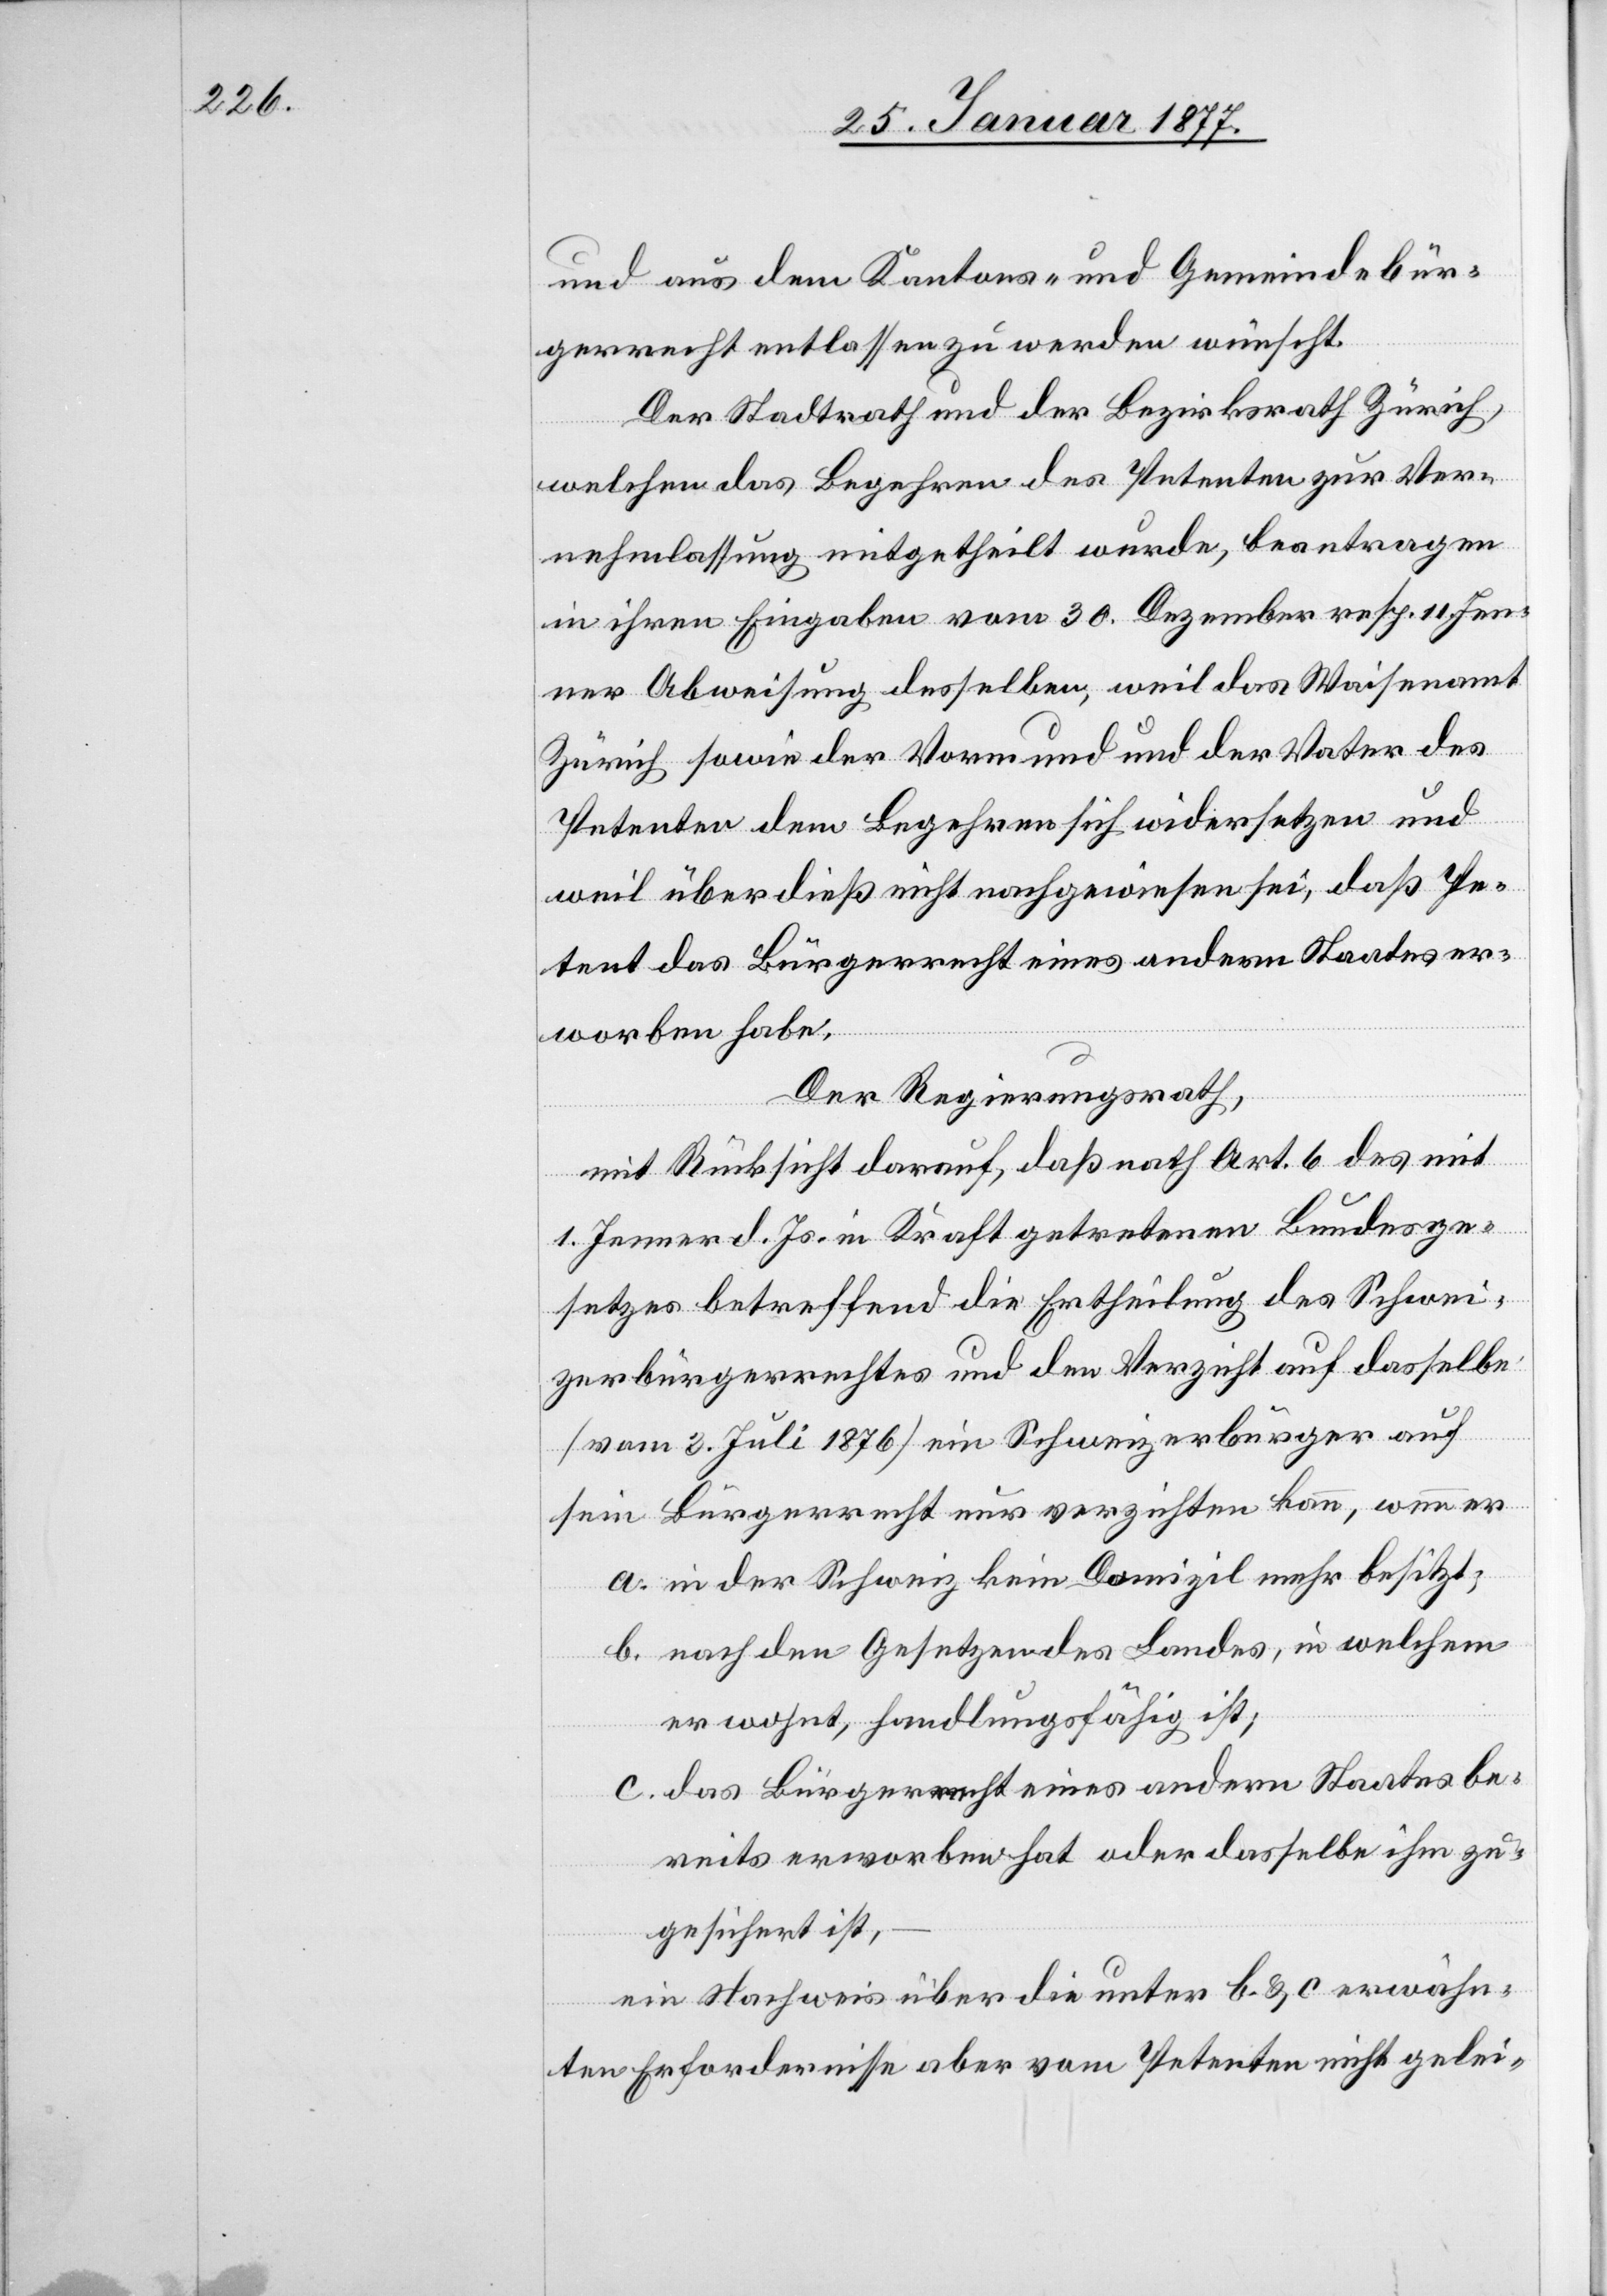
und aus dem Kantons- und Gemeindebür¬
gerrecht entlassen zu werden wünscht.
Der Stadtrath und der Bezirksrath Zürich,
welchen das Begehren des Petenten zur Ver¬
nehmlassung mitgetheilt wurde, beantragen
in ihren Eingaben vom 30. Dezember resp. 11. Jen¬
ner Abweisung desselben, weil das Waisenamt
Zürich sowie der Vormund und der Vater des
Petenten dem Begehren sich widersetzen und
weil überdieß nicht nachgewiesen sei, daß Pe¬
tent das Bürgerrecht eines andern Staates er¬
worben habe.
Der Regierungsrath,
mit Rücksicht darauf, daß nath [recte: nach]
1. Jenner d. Js. in Kraft getretenen Bundesge¬
setzes betreffend die Ertheilung des Schwei¬
zerbürgerrechtes und den Verzicht auf dasselbe
[vom 3. Juli 1876] ein Schweizerbürger auf
sein Bürgerrecht nur verzichten kann, wenn er
a. in der Schweiz kein Domizil mehr besitzt;
b. nach den Gesetzen des Landes, in welchem
er wohnt, handlungsfähig ist;
c. das Bürgerrecht eines andern Staates be¬
reits erworben oder dasselbe ihm zu¬
gesichert ist,
ein Nachweis über die unter b. & c erwähn¬
ten Erfordernisse aber vom Petenten nicht gelei-